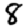
Digit: 8